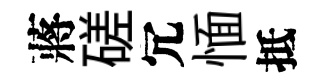
蔣磋冗愐抵